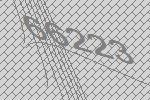
66223